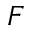
F